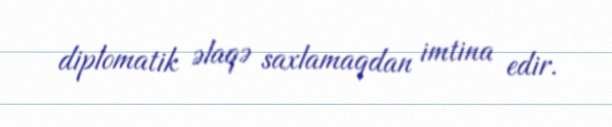
diplomatik əlaqə saxlamaqdan imtina edir.